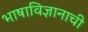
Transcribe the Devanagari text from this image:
भाषाविज्ञानाची